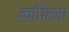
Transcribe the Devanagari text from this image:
कपित्ज़ा